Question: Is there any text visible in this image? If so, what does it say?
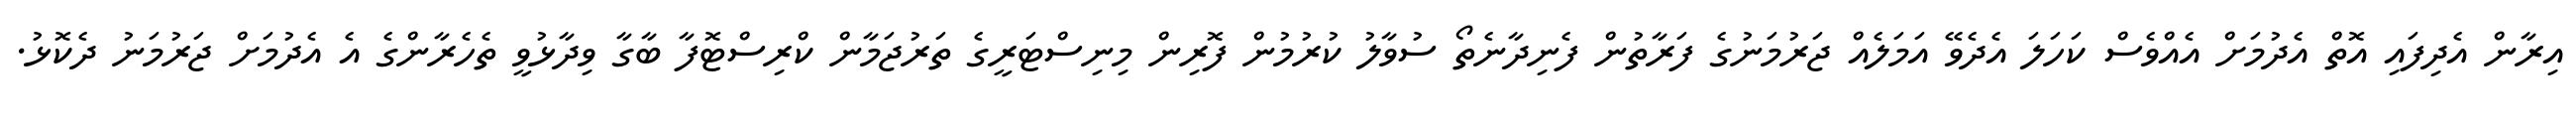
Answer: އިރާން އެދިފައި އޮތް އެދުމަށް އެއްވެސް ކަހަލަ އެދެވޭ އަމަލެއް ޖަރުމަނުގެ ފަރާތުން ފެނިދާނެތޯ ސުވާލު ކުރުމުން ފޮރިން މިނިސްޓަރީގެ ތަރުޖަމާން ކްރިސްޓޮފާ ބާގާ ވިދާޅުވީ ތެހެރާންގެ އެ އެދުމަށް ޖަރުމަނު ދެކޮޅު.